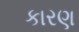
કારણ